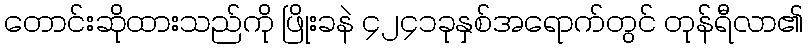
တောင်းဆိုထားသည်ကို ဖြိုးခနဲ ၄၂၄၁ခုနှစ်အရောက်တွင် တုန်ရီလာ၏